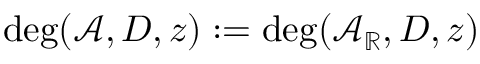
\deg ( \mathcal { A } , D , z ) : = \deg ( \mathcal { A } _ { \mathbb { R } } , D , z )